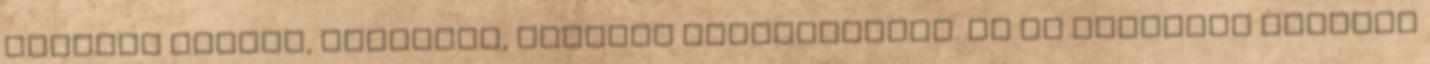
mindent mellőz, eltorzít, illetve elhomályosít. Ám ha komolyan akarunk